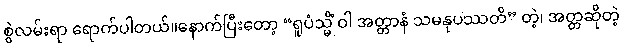
စွဲလမ်းရာ ရောက်ပါတယ်။နောက်ပြီးတော့ “ရူပံသ္မိံ ဝါ အတ္တာနံ သမနုပဿတိ” တဲ့၊ အတ္တဆိုတဲ့